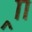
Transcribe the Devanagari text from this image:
र्‍ाा